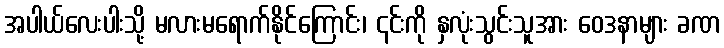
အပါယ်လေးပါးသို့ မလားမရောက်နိုင်ကြောင်း၊ ၎င်းကို နှလုံးသွင်းသူအား ဝေဒနာများ ခဏ